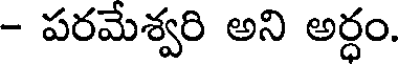
- పరమేశ్వరి అని అర్ధం.